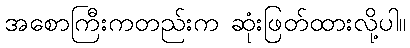
အစောကြီးကတည်းက ဆုံးဖြတ်ထားလို့ပါ။